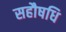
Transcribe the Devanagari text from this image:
सहौषधि